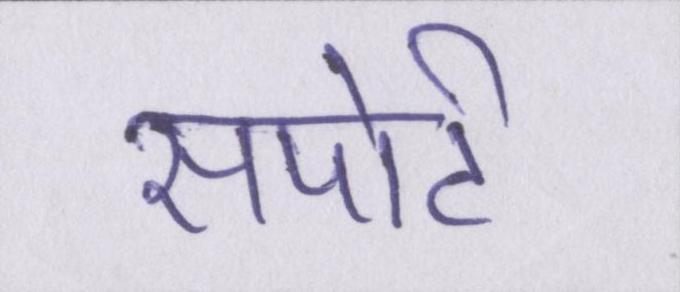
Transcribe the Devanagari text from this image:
सपोर्ट